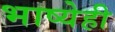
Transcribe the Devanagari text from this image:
भाष्येही